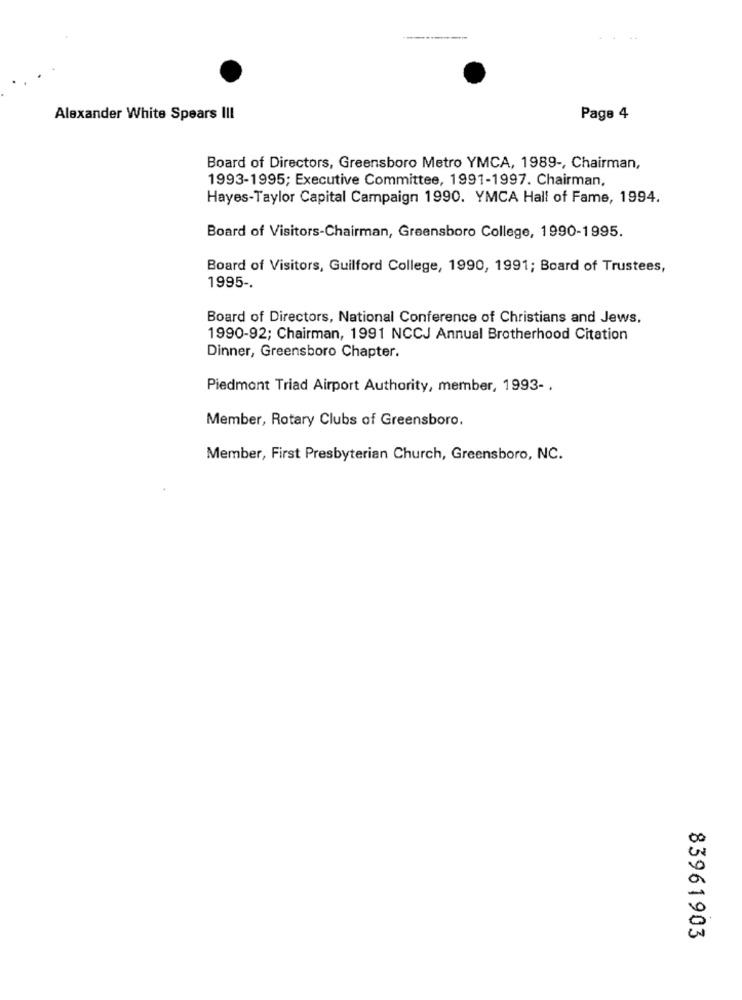
Alexander White Spears III
Page 4
Board of Directors, Greensboro Metro YMCA, 1989 -, Chairman,
1993-1995; Executive Committee, 1991-1997. Chairman,
Hayes-Taylor Capital Campaign 1990. YMCA Hall of Fame, 1994.
Board of Visitors-Chairman, Greensboro College, 1990-1995.
Board of Visitors, Guilford College, 1990, 1991; Board of Trustees,
1995 -.
Board of Directors, National Conference of Christians and Jews,
1990-92; Chairman, 1991 NCCJ Annual Brotherhood Citation
Dinner, Greensboro Chapter.
Piedmont Triad Airport Authority, member, 1993- .
Member, Rotary Clubs of Greensboro.
Member, First Presbyterian Church, Greensboro, NC.
83961903